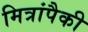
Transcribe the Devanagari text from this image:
मित्रांपैकी